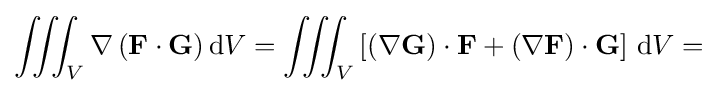
\iiint _{V}\nabla \left(\mathbf {F} \cdot \mathbf {G} \right)\mathrm {d} V=\iiint _{V}\left[\left(\nabla \mathbf {G} \right)\cdot \mathbf {F} +\left(\nabla \mathbf {F} \right)\cdot \mathbf {G} \right]\,\mathrm {d} V=